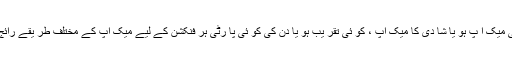
پارٹی میک ا پ ہو یا شا دی کا میک اپ ، کو ئی تقر یب ہو یا دن کی کو ئی پا رٹی ہر فنکشن کے لیے میک اپ کے مختلف طر یقے رائج ہیں۔